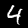
Label: 4